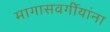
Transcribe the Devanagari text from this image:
मागासवर्गीयांना